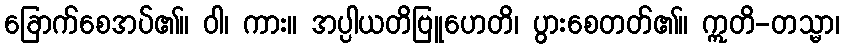
ခြောက်စေအပ်၏။ ဝါ၊ ကား။ အပ္ပါယတိဗြူဟေတိ၊ ပွားစေတတ်၏။ ဣတိ-တသ္မာ၊